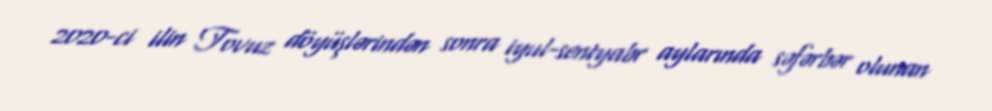
2020-ci ilin Tovuz döyüşlərindən sonra iyul-sentyabr aylarında səfərbər olunan